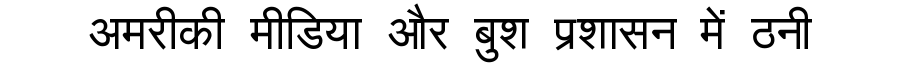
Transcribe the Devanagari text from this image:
अमरीकी मीडिया और बुश प्रशासन में ठनी